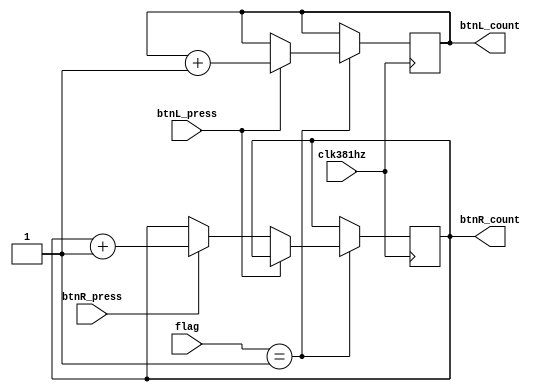
`timescale 1ns / 1ps
//////////////////////////////////////////////////////////////////////////////////
// Company: 
// Engineer: 
// 
// Design Name: 
// Module Name: Volume_left_right
// Project Name: 
// Target Devices: 
// Tool Versions: 
// Description: 
// 
// Dependencies: 
// 
// Revision:
// Revision 0.01 - File Created
// Additional Comments:
// 
//////////////////////////////////////////////////////////////////////////////////


module Volume_left_right(
    input clk381hz,
    input btnL_press,
    input btnR_press,
    input [3:0] flag,
    
    output reg [10:0] btnL_count,
    output reg [10:0] btnR_count
    );
    
    initial begin
        btnL_count = 0;
        btnR_count = 0;
    end
    
    
    always @(posedge clk381hz) begin
        if (flag == 4'd1) begin
        if(btnL_press == 1)
            btnL_count <= btnL_count + 1;
        else if(btnR_press == 1)
            btnR_count <= btnR_count + 1;       
                
                ////for not out of bounds (btnL_count - btnR_count != ???)  
        end 
    end    
endmodule